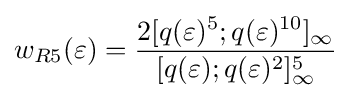
w_{R5}(\varepsilon )={\frac {2[q(\varepsilon )^{5};q(\varepsilon )^{10}]_{\infty }}{[q(\varepsilon );q(\varepsilon )^{2}]_{\infty }^{5}}}